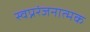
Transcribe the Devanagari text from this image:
स्वप्नरंजनात्मक